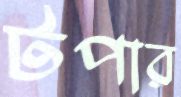
টপার